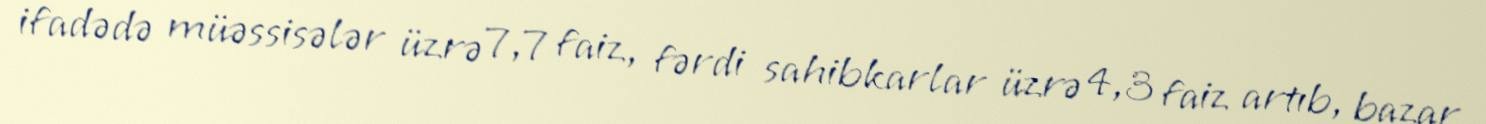
ifadədə müəssisələr üzrə 7,7 faiz, fərdi sahibkarlar üzrə 4,3 faiz artıb, bazar